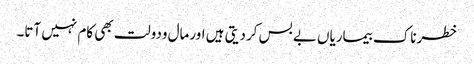
خطرناک بیماریاں بے بس کردیتی ہیں اورمال ودولت بھی کام نہیں آتا۔